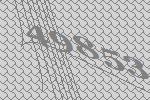
49853